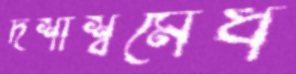
দশাশ্বমেধ